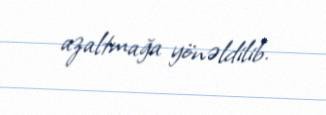
azaltmağa yönəldilib.